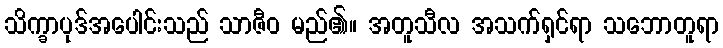
သိက္ခာပုဒ်အပေါင်းသည် သာဇီဝ မည်၏။ အတူသီလ အသက်ရှင်ရာ သဘောတူရာ